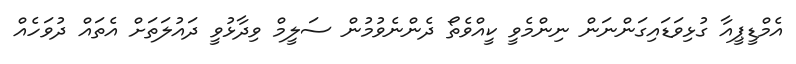
އެމްޑީޕީއާ ގުޅިވަޑައިގަންނަން ނިންމެވީ ކީއްވެތޯ ދެންނެވުމުން ސަލީމް ވިދާޅުވީ ދައުލަތަށް އެތައް ދުވަހެއް